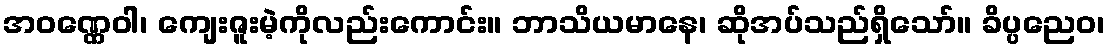
အဝဏ္ဏေဝါ၊ ကျေးဇူးမဲ့ကိုလည်းကောင်း။ ဘာသိယမာနေ၊ ဆိုအပ်သည်ရှိသော်။ ခိပ္ပညေဝ၊